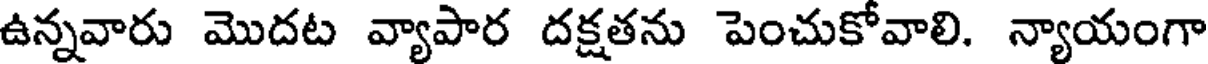
ఉన్నవారు మొదట వ్యాపార దక్షతను పెంచుకోవాలి. న్యాయంగా